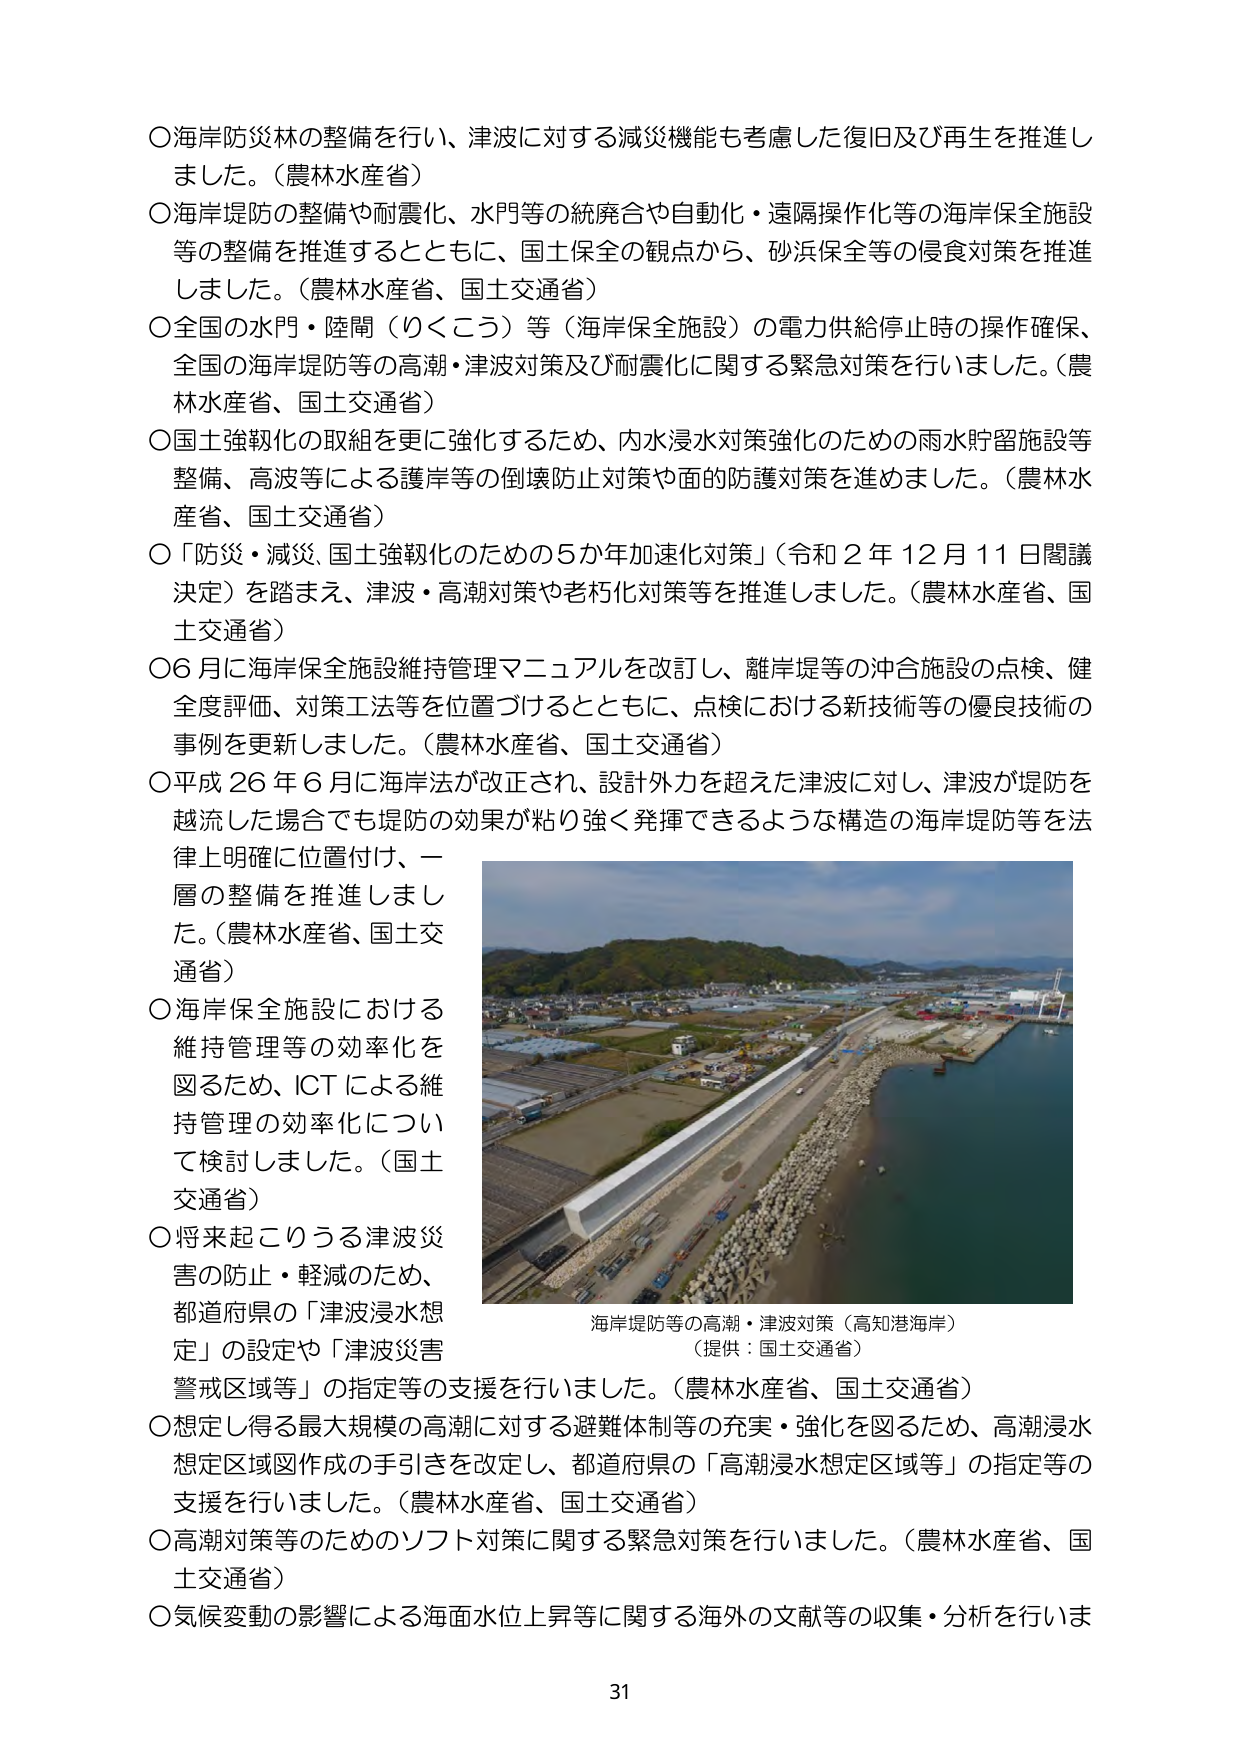
〇海岸防災林の整備を行い、津波に対する減災機能も考慮した復旧及び再生を推進しました。（農林水産省）
〇海岸堤防の整備や耐震化、水門等の統廃合や自動化・遠隔操作化等の海岸保全施設等の整備を推進するとともに、国土保全の観点から、砂浜保全等の侵食対策を推進しました。（農林水産省、国土交通省）
〇全国の水門・陸閘（りくこう）等（海岸保全施設）の電力供給停止時の操作確保、全国の海岸堤防等の高潮・津波対策及び耐震化に関する緊急対策を行いました。（農林水産省、国土交通省）
〇国土強靭化の取組を更に強化するため、内水浸水対策強化のための雨水貯留施設等整備、高波等による護岸等の倒壊防止対策や面的防護対策を進めました。（農林水産省、国土交通省）
〇「防災・減災、国土強靭化のための5か年加速化対策」（令和2年12月11日閣議決定）を踏まえ、津波・高潮対策や老朽化対策等を推進しました。（農林水産省、国土交通省）
〇6月に海岸保全施設維持管理マニュアルを改訂し、離岸堤等の沖合施設の点検、健全度評価、対策工法等を位置づけるとともに、点検における新技術等の優良技術の事例を更新しました。（農林水産省、国土交通省）
〇平成26年6月に海岸法が改正され、設計外力を超えた津波に対し、津波が堤防を越流した場合でも堤防の効果が粘り強く発揮できるような構造の海岸堤防等を法律上明確に位置付け、一層の整備を推進しました。（農林水産省、国土交通省）
〇海岸保全施設における維持管理等の効率化を図るため、ICTによる維持管理の効率化について検討しました。（国土交通省）
〇将来起こりうる津波災害の防止・軽減のため、都道府県の「津波浸水想定」の設定や「津波災害警戒区域等」の指定等の支援を行いました。（農林水産省、国土交通省）
〇想定し得る最大規模の高潮に対する避難体制等の充実・強化を図るため、高潮浸水想定区域図作成の手引きを改定し、都道府県の「高潮浸水想定区域等」の指定等の支援を行いました。（農林水産省、国土交通省）
〇高潮対策等のためのソフト対策に関する緊急対策を行いました。（農林水産省、国土交通省）
〇気候変動の影響による海面水位上昇等に関する海外の文献等の収集・分析を行いま

海岸堤防等の高潮・津波対策（高知港海岸）
（提供：国土交通省）

31